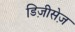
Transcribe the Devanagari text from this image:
डिज़ीसेज़